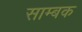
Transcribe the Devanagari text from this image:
साम्बक